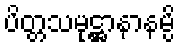
ပိတ္တသမုဋ္ဌာနာနမ္ပိ